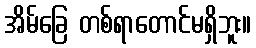
အိမ်ခြေ တစ်ရာတောင်မရှိဘူး။